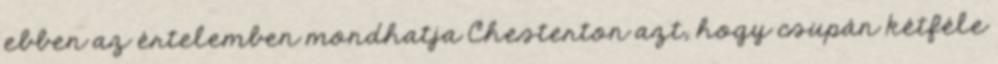
ebben az értelemben mondhatja Chesterton azt, hogy csupán kétféle